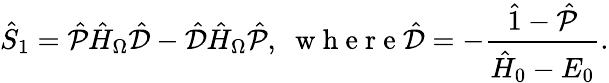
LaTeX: \hat{S}_{1}=\hat{\mathcal{P}}\hat{H}_{\Omega}\hat{\mathcal{{D}}}-\hat{\mathcal{D}}\hat{H}_{\Omega}\hat{\mathcal{P}},\; \mathrm{~w~h~e~r~e~}\hat{\mathcal{D}}=-\frac{\hat{1}-\hat{\mathcal{P}}}{\hat{H}_{0}-E_{0}}.